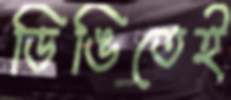
ডিঙিতেই